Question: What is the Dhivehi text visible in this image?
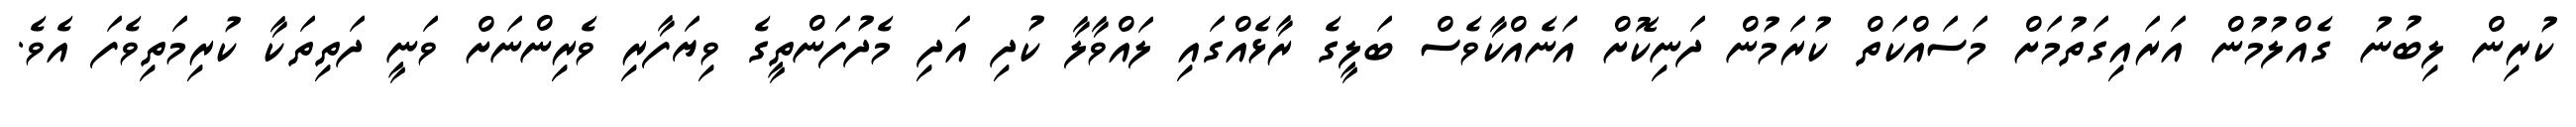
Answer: ކުރިން ލިބުނު ގެއްލުމުން އަރައިގަތުމަށް މަސައްކަތް ކުރަމުން ދަނިކޮށް އަނެއްކާވެސް ބަލީގެ ރާޅެއްގައި ލައްވާލާ ކުދި އަދި މެދުފަންތީގެ ވިޔަފާރި ވެރިންނަށް ވަނީ ދަތިތަކާ ކުރިމަތިވެފަ އެވެ.